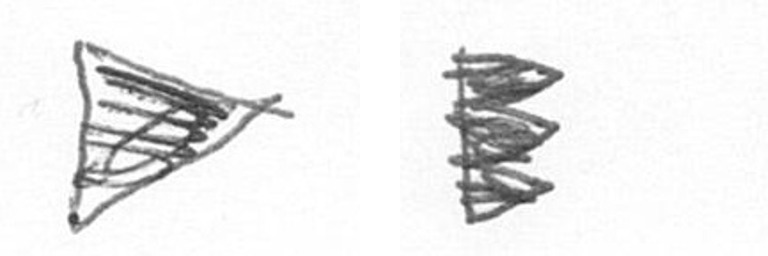
T H